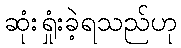
ဆုံးရှုံးခဲ့ရသည်ဟု